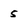
Character: 5